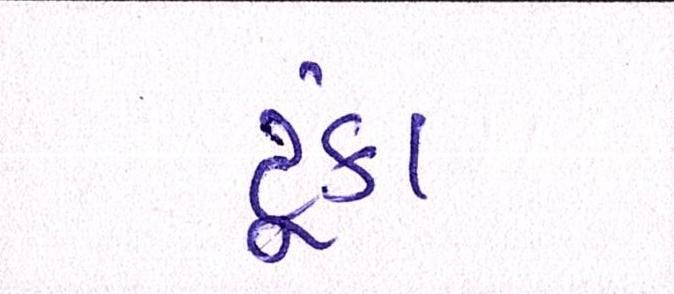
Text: ટૂંકા